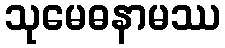
သုမေဓနာမဿ